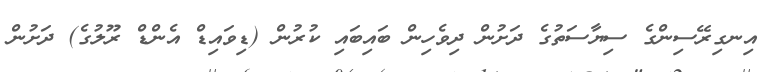
އިނގިރޭސިންގެ ސިޔާސަތުގެ ދަށުން ދިވެހިން ބައިބައި ކުރުން (ޑިވައިޑް އެންޑް ރޫލުގެ) ދަށުން